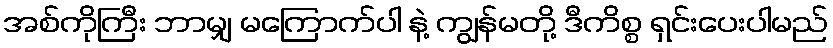
အစ်ကိုကြီး ဘာမျှ မကြောက်ပါ နဲ့ ကျွန်မတို့ ဒီကိစ္စ ရှင်းပေးပါမည်